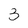
Character: 3